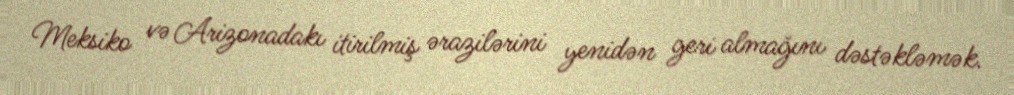
Meksiko və Arizonadakı itirilmiş ərazilərini yenidən geri almağını dəstəkləmək.